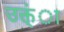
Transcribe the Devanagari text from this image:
उक्त्ंा